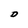
Character: D